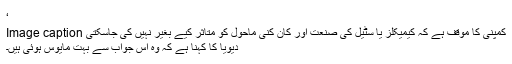
‘
Image caption کمپنی کا موقف ہے کہ کیمیکلز یا سٹیل کی صنعت اور کان کنی ماحول کو متاثر کیے بغیر نہیں کی جاسکتی
دیویا کا کہنا ہے کہ وہ اس جواب سے بہت مایوس ہوئی ہیں۔